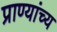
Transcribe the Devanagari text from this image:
प्राण्यांच्य